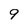
Character: 9